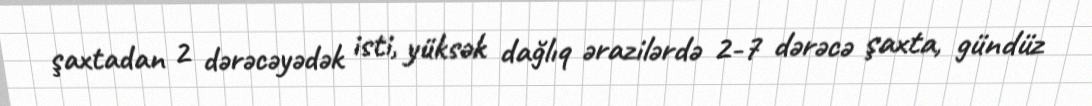
şaxtadan 2 dərəcəyədək isti, yüksək dağlıq ərazilərdə 2-7 dərəcə şaxta, gündüz